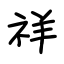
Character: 祥